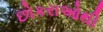
છોકરાઓથી